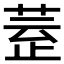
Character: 𣦀